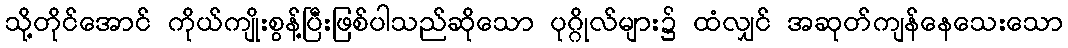
သို့တိုင်အောင် ကိုယ်ကျိုးစွန့်ပြီးဖြစ်ပါသည်ဆိုသော ပုဂ္ဂိုလ်များ၌ ထံလျှင် အဆုတ်ကျန်နေသေးသော